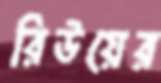
রিউয়ের